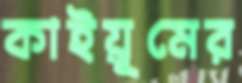
কাইয়ূমের